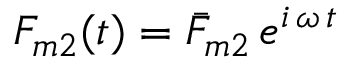
F _ { m 2 } ( t ) = \bar { F } _ { m 2 } \, e ^ { i \, \omega \, t }